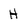
Character: H